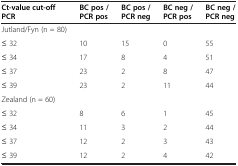
<table><thead><tr><td><b>Ct-value cut-offPCR</b></td><td><b>BC pos / PCR pos</b></td><td><b>BC pos / PCR neg</b></td><td><b>BC neg / PCR pos</b></td><td><b>BC neg / PCR neg</b></td></tr></thead><tbody><tr><td>Jutland/Fyn (n = 80)</td><td>[EMPTY_CELL]</td><td>[EMPTY_CELL]</td><td>[EMPTY_CELL]</td><td>[EMPTY_CELL]</td></tr><tr><td>≤ 32</td><td>10</td><td>15</td><td>0</td><td>55</td></tr><tr><td>≤ 34</td><td>17</td><td>8</td><td>4</td><td>51</td></tr><tr><td>≤ 37</td><td>23</td><td>2</td><td>8</td><td>47</td></tr><tr><td>≤ 39</td><td>23</td><td>2</td><td>11</td><td>44</td></tr><tr><td>Zealand (n = 60)</td><td>[EMPTY_CELL]</td><td>[EMPTY_CELL]</td><td>[EMPTY_CELL]</td><td>[EMPTY_CELL]</td></tr><tr><td>≤ 32</td><td>8</td><td>6</td><td>1</td><td>45</td></tr><tr><td>≤ 34</td><td>11</td><td>3</td><td>2</td><td>44</td></tr><tr><td>≤ 37</td><td>12</td><td>2</td><td>3</td><td>43</td></tr><tr><td>≤ 39</td><td>12</td><td>2</td><td>4</td><td>42</td></tr></tbody></table>